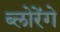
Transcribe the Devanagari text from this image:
ब्लोरेंगे